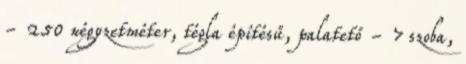
- 250 négyzetméter, tégla építésű, palatető - 7 szoba,